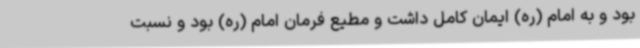
بود و به امام (ره) ایمان کامل داشت و مطیع فرمان امام (ره) بود و نسبت